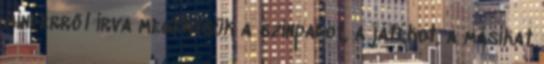
minderről írva megértsük a színpadot, a játékot, a másikat